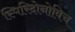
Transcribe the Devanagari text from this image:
स्पिरिदोनोविच